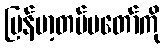
မြန်မာ့တပ်မတော်ကို